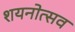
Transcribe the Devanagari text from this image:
शयनोत्सव